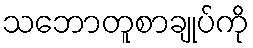
သဘောတူစာချုပ်ကို